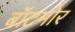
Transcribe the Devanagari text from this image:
बॉटमोर